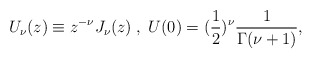
\begin{align*} U_{\nu}(z)\equiv z^{-\nu} J_{\nu} (z)\;,\; U(0)=(\frac{1}{2})^{\nu} \frac{1}{\Gamma(\nu+1)},\end{align*}